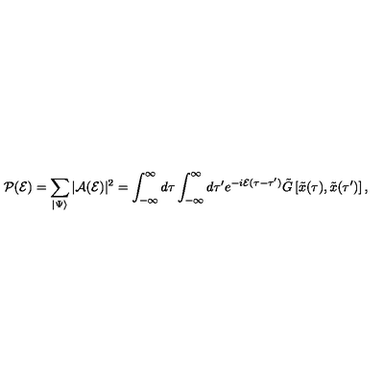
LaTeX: { \cal P } ( { \cal E } ) = \sum _ { \vert \Psi \rangle } \vert { \cal A } ( { \cal E } ) \vert ^ { 2 } = \int _ { - \infty } ^ { \infty } d \tau \int _ { - \infty } ^ { \infty } d \tau ^ { \prime } e ^ { - i { \cal E } ( \tau - \tau ^ { \prime } ) } { \tilde { G } } \left[ { \tilde { x } } ( \tau ) , { \tilde { x } } ( \tau ^ { \prime } ) \right] ,